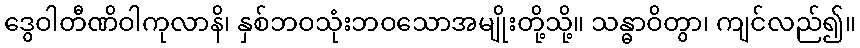
ဒွေဝါတီဏိဝါကုလာနိ၊ နှစ်ဘဝသုံးဘဝသောအမျိုးတို့သို့။ သန္ဓာဝိတွာ၊ ကျင်လည်၍။